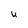
Character: U